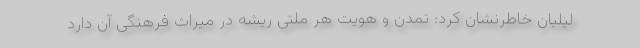
لیلیان خاطرنشان کرد: تمدن و هویت هر ملتی ریشه در میراث فرهنگی آن دارد